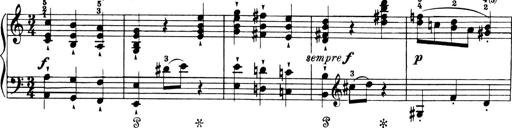
Title: 4 Sonatines
Composer: Max Reger